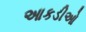
આકડીઓ